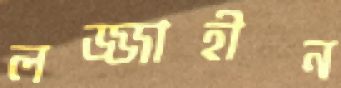
লজ্জাহীন